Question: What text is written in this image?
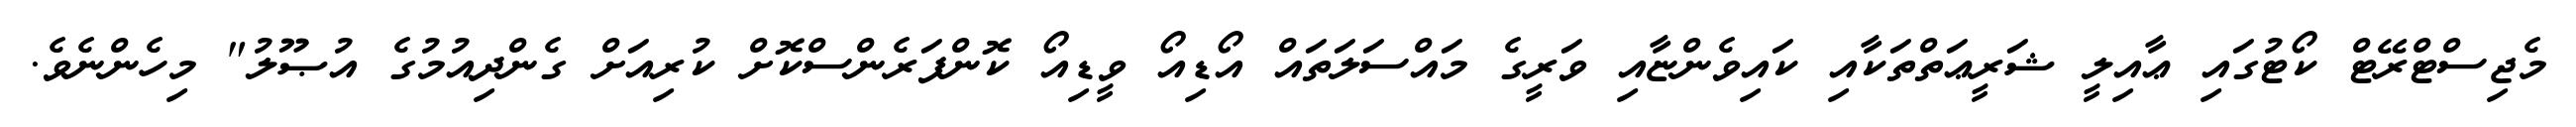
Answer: މެޖިސްޓްރޭޓް ކޯޓުގައި ޢާއިލީ ޝަރީޢަތްތަކާއި ކައިވެންޏާއި ވަރީގެ މައްސަލަތައް އޯޑިއޯ ވީޑިއޯ ކޮންފަރެންސްކޮށް ކުރިއަށް ގެންދިއުމުގެ އުޞޫލު" މިހެންނެވެ.